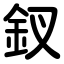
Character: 釵